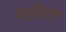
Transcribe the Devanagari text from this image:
वार्विटोन